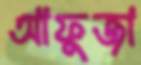
আফুজা